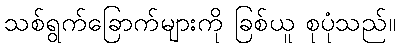
သစ်ရွက်ခြောက်များကို ခြစ်ယူ စုပုံသည်။